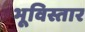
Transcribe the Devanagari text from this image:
भूविस्तार